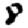
Digit: 8